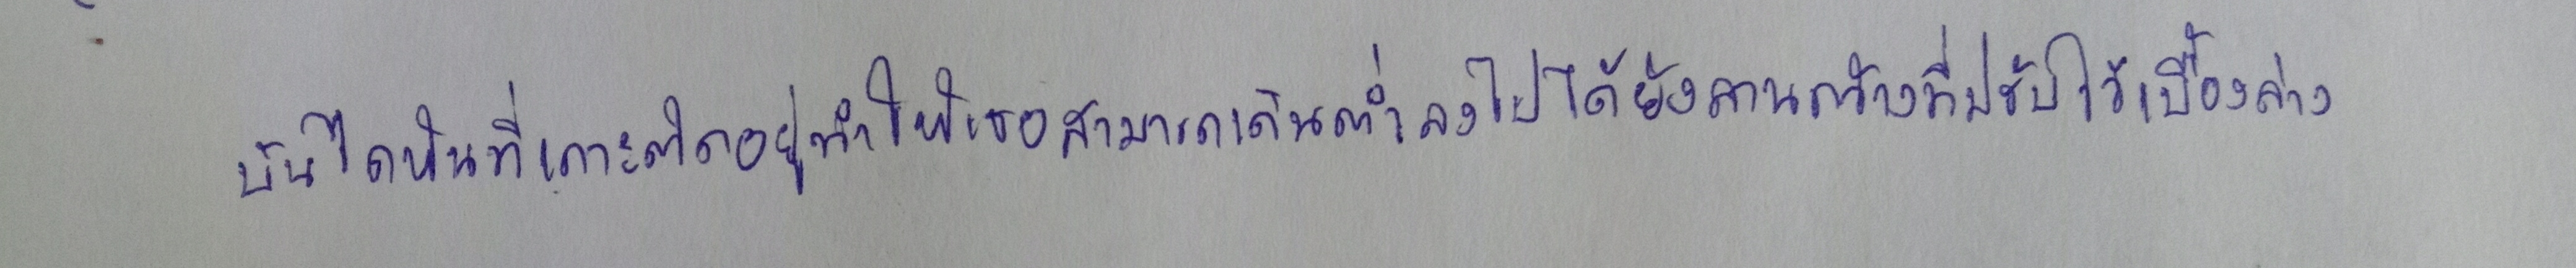
บันไดหินที่เกาะติดอยู่ทำให้เธอสามารถเดินต่ำลงไปได้ยังลานกว้างที่ปรับไว้เบื้องล่าง